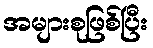
အများစုဖြစ်ပြီး